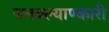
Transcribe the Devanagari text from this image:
जनक्ल्याण्कारी